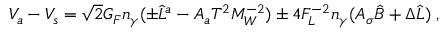
V _ { a } - V _ { s } = \sqrt { 2 } G _ { F } n _ { \gamma } ( \pm \hat { L } ^ { a } - A _ { a } T ^ { 2 } M _ { W } ^ { - 2 } ) \pm 4 F _ { L } ^ { - 2 } n _ { \gamma } ( A _ { \sigma } \hat { B } + \Delta \hat { L } ) \; ,